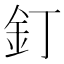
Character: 釘